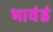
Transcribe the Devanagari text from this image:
भावंडं